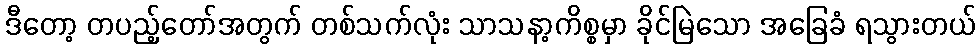
ဒီတော့ တပည့်တော်အတွက် တစ်သက်လုံး သာသနာ့ကိစ္စမှာ ခိုင်မြဲသော အခြေခံ ရသွားတယ်